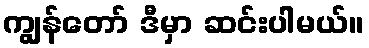
ကျွန်တော် ဒီမှာ ဆင်းပါမယ်။